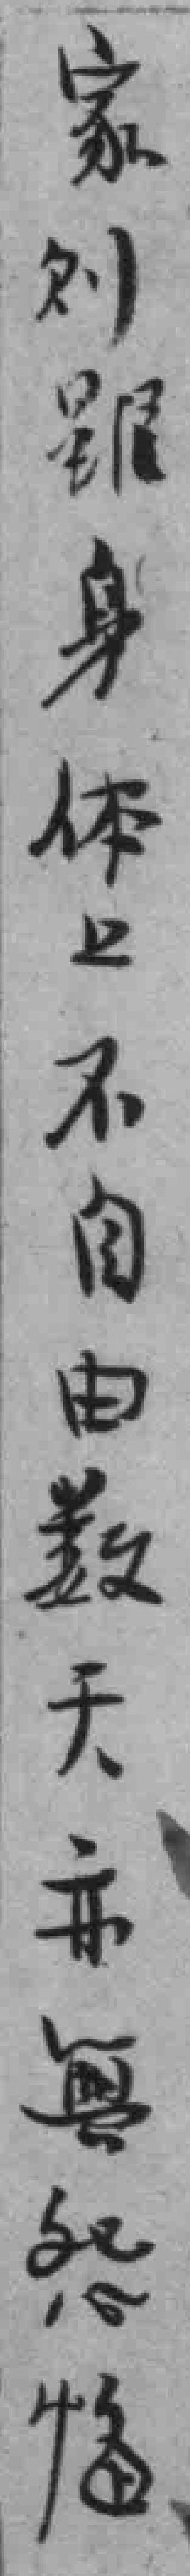
家则雖身体上不自由数天亦無怨悔